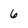
Character: 6